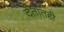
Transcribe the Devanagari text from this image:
देतातही